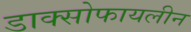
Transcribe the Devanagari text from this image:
डाक्सोफायलीन